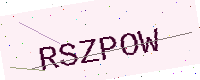
Text: RSZPOW